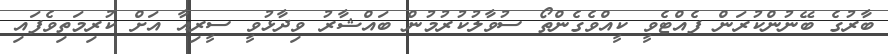
ބާރުގެ ބޭނުންކުރަން ފެއްޓެވީ ކީއްވެގެންތޯ ސުވާލުކުރުމުން ބައްޝާރު ވިދާޅުވީ ސީރިއާ އަށް ކުރިމަތިވެފައި